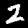
Label: 2